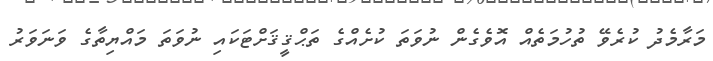
މަރާމެދު ކުރެވޭ ތުހުމަތެއް އޮވެގެން ނުވަތަ ކުށެއްގެ ތަޙްޤީޤަށްޓަކައި ނުވަތަ މައްޔިތާގެ ވަނަވަރު